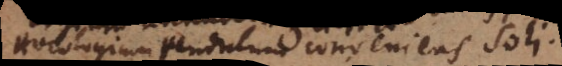
Horologium pendulum conveniens Soli.